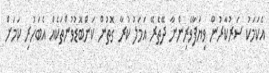
އެކަމަކު ސަރުކާރުން ވިޔަފާވެރިންނާ ދޭތެރޭ އަމަލު ކުރާ ގޮތުން ކަންބޮޑުވުންތަކެއް އެބަހުރި ކަމަށް